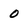
Character: 0